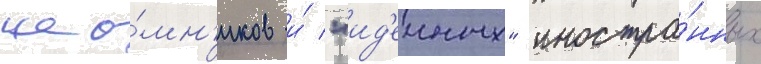
нао́мн'иков и́ "ид'еиных" иностра́нных